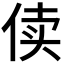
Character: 𰂏